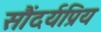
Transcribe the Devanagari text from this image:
सौंदर्यप्रिय